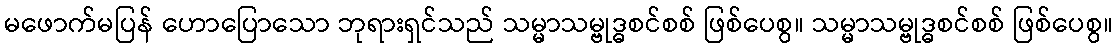
မဖောက်မပြန် ဟောပြောသော ဘုရားရှင်သည် သမ္မာသမ္ဗုဒ္ဓစင်စစ် ဖြစ်ပေစွ။ သမ္မာသမ္ဗုဒ္ဓစင်စစ် ဖြစ်ပေစွ။